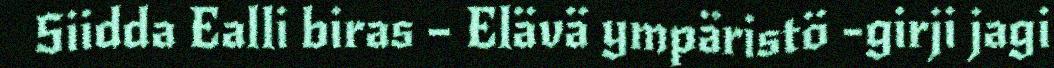
Siidda Ealli biras – Elävä ympäristö -girji jagi